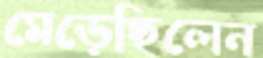
মেড়েছিলেন